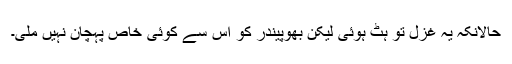
حالانکہ یہ غزل تو ہِٹ ہوئی لیکِن بھُوپینْدْر کو اِس سے کوئی خاص پہچان نہِیں مِلی۔